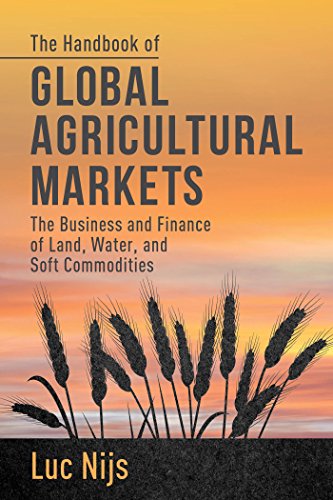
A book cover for The Handbook of Global Agricultural Markets: The Business and Finance of Land, Water, and Soft Commodities; Luc Nijs; Business & Money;